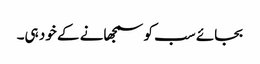
بجائے سب کو سمجھانے کے خود ہی۔